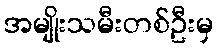
အမျိုးသမီးတစ်ဦးမှ